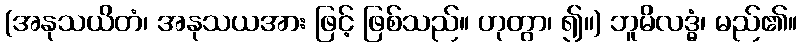
(အနုသယိတံ၊ အနုသယအား ဖြင့် ဖြစ်သည်။ ဟုတွာ၊ ၍။) ဘူမိလဒ္ဓံ၊ မည်၏။